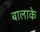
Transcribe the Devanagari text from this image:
बालाके